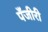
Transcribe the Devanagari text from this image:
पँजीरी